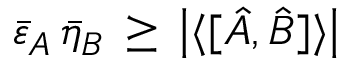
{ \bar { \varepsilon } } _ { A } \, { \bar { \eta } } _ { B } \, \geq \, \left| \langle [ { \hat { A } } , { \hat { B } } ] \rangle \right|